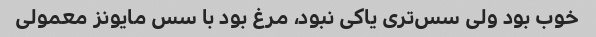
خوب بود ولی سس‌تری یاکی نبود، مرغ بود با سس مایونز معمولی